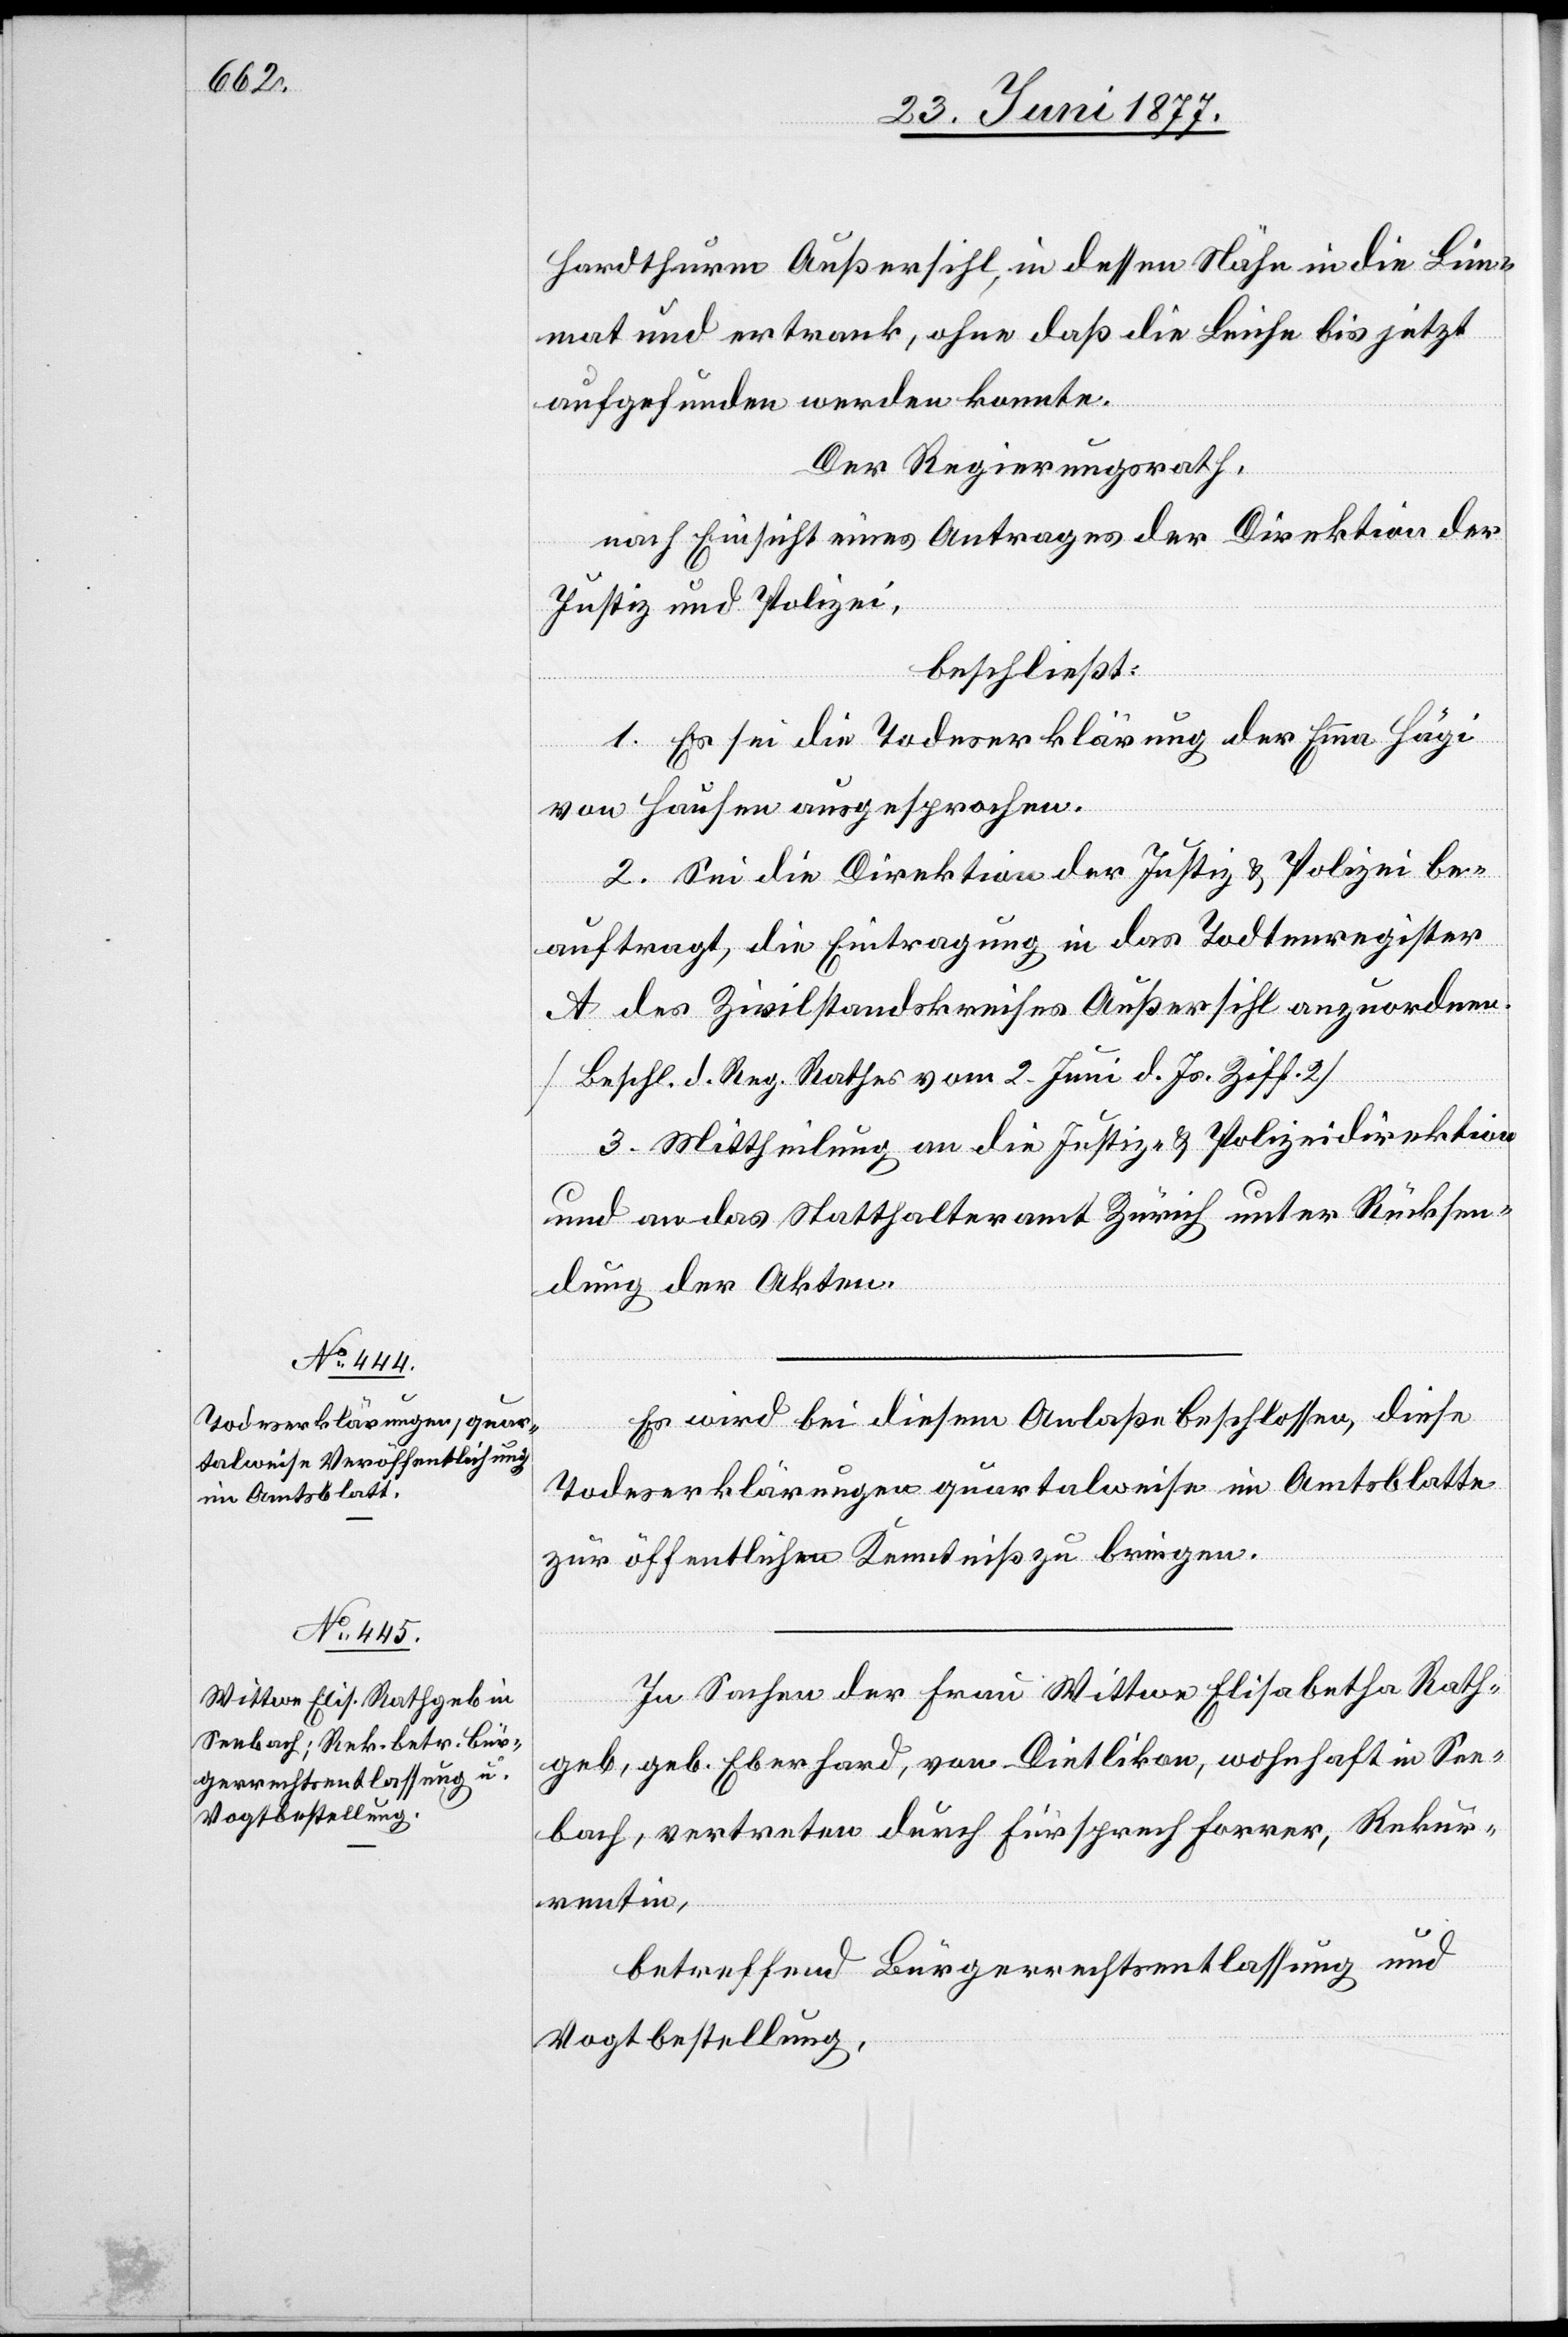
Vogtbestellung,

Hardthurm Außersihl, in dessen Nähe in die Lim¬
mat und ertrank, ohne daß die Leiche bis jetzt
aufgefunden werden konnte.
Der Regierungsrath,
nach Einsicht eines Antrages der Direktion der
Justiz und Polizei,
beschließt:
1. Es sei die Todeserklärung der Emma Hägi
von Hausen ausgesprochen.
2. Sei die Direktion der Justiz & Polizei be¬
auftragt, die Eintragung in das Todtenregister
A des Zivilstandskreises Außersihl anzuordnen.
[Beschl. d. Reg. Rathes vom 2. Juni d. Js. Ziff. 2].
Es wird bei diesem Anlaße beschlossen, diese
Todeserklärungen quartalweise im Amtsblatte
zur öffentlichen Kenntniß zu bringen.
In Sachen der Frau Wittwe Elisabetha Rath¬
geb, geb. Eberhard, von Dietlikon, wohnhaft in See¬
bach, vertreten durch Fürsprech Forrer, Rekur¬
rentin,
betreffend Bürgerrechtsentlassung und